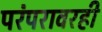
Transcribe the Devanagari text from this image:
परंपरावरही